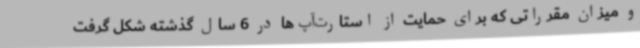
و میزان مقرراتی که برای حمایت از استارت‌آپ‌ها در 6 سال گذشته شکل گرفت